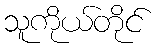
သူကိုယ်တိုင်